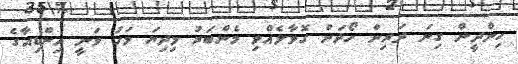
ހިންދީން ގިނަ ދަރިން ހޯދަން ގޮވާލެއްވި މެންބަރު މިދިޔަ މަހު ވަނީ އިންޑިއާގެ